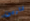
كارين